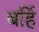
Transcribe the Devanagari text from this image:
बर्हि